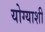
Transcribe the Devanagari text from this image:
योग्याशी